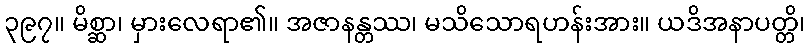
၃၉၇။ မိစ္ဆာ၊ မှားလေရာ၏။ အဇာနန္တဿ၊ မသိသောရဟန်းအား။ ယဒိအနာပတ္တိ၊